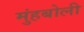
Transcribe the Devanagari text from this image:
मुंहबोली